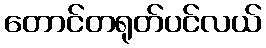
တောင်တရုတ်ပင်လယ်